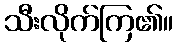
သီးလိုက်ကြ၏။